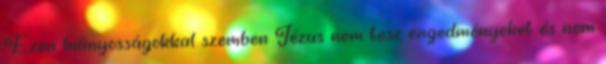
Ezen hiányosságokkal szemben Jézus nem tesz engedményeket és nem